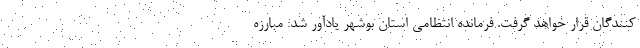
کنندگان قرار خواهد گرفت. فرمانده انتظامی استان بوشهر یادآور شد: مبارزه